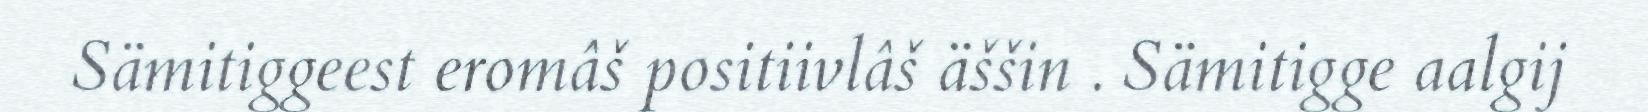
Sämitiggeest eromâš positiivlâš äššin . Sämitigge aalgij